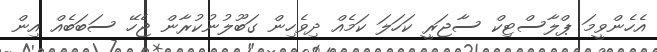
އެހެންވީމަ ޕްލާސްޓިކް ސާޖަރީ ކަހަލަ ކަމެއް ދިވެހިން ގަބޫލުނުކުރާން ޖެހޭ ސަބަބެއް އިން